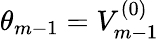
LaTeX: \theta_{m-1}=V_{m-1}^{(0)}